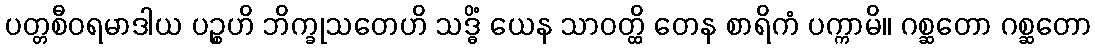
ပတ္တစီဝရမာဒါယ ပဉ္စဟိ ဘိက္ခုသတေဟိ သဒ္ဓိံ ယေန သာဝတ္ထိ တေန စာရိကံ ပက္ကာမိ။ ဂစ္ဆတော ဂစ္ဆတော